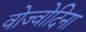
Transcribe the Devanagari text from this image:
वोज्वोदिना